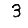
Digit: 3